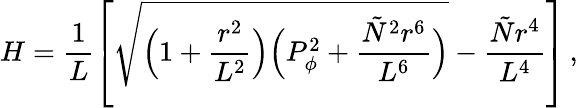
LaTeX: H=\frac{1}{L}\left[\sqrt{\Bigl(1+\frac{r^{2}}{L^{2}}\Bigr)\Bigl(P_{\phi}^{2}+\frac{{\tilde{N}}^{2}r^{6}}{L^{6}}\Bigr)}-\frac{{\tilde{N}}r^{4}}{L^{4}}\right]\, ,